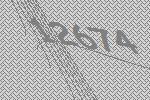
12674